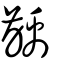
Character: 齲